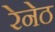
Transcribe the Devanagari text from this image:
रेनेठ